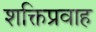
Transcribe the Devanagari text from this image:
शक्तिप्रवाह